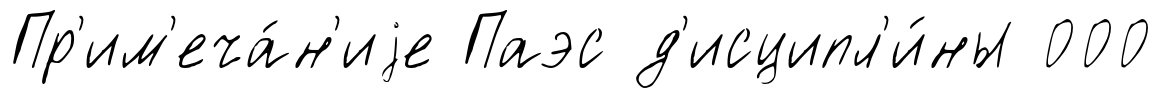
Пр'им'еча́н'иjе Паэс д'исципл'и́ны 000